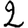
Digit: 2